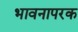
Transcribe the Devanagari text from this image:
भावनापरक